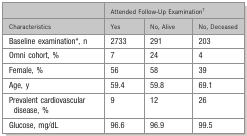
<table><thead><tr><td></td><td colspan="3"><b>Attended Follow-Up Examination†</b></td></tr><tr><td><b>Characteristics</b></td><td><b>Yes</b></td><td><b>No, Alive</b></td><td><b>No, Deceased</b></td></tr></thead><tbody><tr><td>Baseline examination*, n</td><td>2733</td><td>291</td><td>203</td></tr><tr><td>Omni cohort, %</td><td>7</td><td>24</td><td>4</td></tr><tr><td>Female, %</td><td>56</td><td>58</td><td>39</td></tr><tr><td>Age, y</td><td>59.4</td><td>59.8</td><td>69.1</td></tr><tr><td>Prevalent cardiovascular disease, %</td><td>9</td><td>12</td><td>26</td></tr><tr><td>Glucose, mg/dL</td><td>96.6</td><td>96.9</td><td>99.5</td></tr></tbody></table>